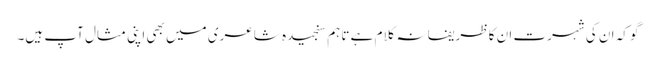
گو کہ ان کی شہرت ان کا ظریفانہ کلام ہے تاہم سنجیدہ شاعری میں بھی اپنی مثال آپ ہیں۔